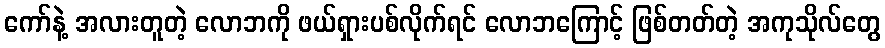
ကော်နဲ့ အလားတူတဲ့ လောဘကို ဖယ်ရှားပစ်လိုက်ရင် လောဘကြောင့် ဖြစ်တတ်တဲ့ အကုသိုလ်တွေ